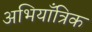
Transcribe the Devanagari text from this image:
अभियाँत्रिक